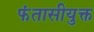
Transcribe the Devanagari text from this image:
फंतासीयुक्त